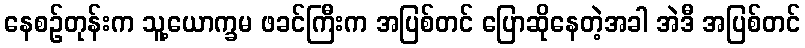
နေစဉ်တုန်းက သူ့ယောက္ခမ ဖခင်ကြီးက အပြစ်တင် ပြောဆိုနေတဲ့အခါ အဲဒီ အပြစ်တင်